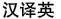
汉译英